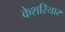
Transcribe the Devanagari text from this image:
केशरियार